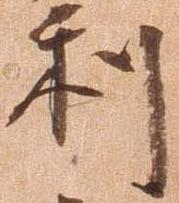
利